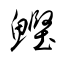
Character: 鰹